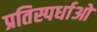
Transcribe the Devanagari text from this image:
प्रतिस्पर्धाओ